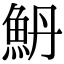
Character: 𱆥